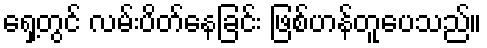
ရှေ့တွင် လမ်းပိတ်နေခြင်း ဖြစ်ဟန်တူပေသည်။